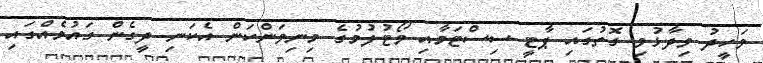
ވަހީދު ވިދާޅުވި ގޮތުގައި ޕާޓީ ސިސްޓަމާއި ވޯޓުލުމުގެ މިނިވަންކަން އެކަނި ދީގެން ގައުމެއްގައި